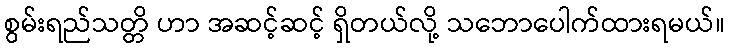
စွမ်းရည်သတ္တိ ဟာ အဆင့်ဆင့် ရှိတယ်လို့ သဘောပေါက်ထားရမယ်။